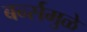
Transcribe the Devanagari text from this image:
बर्न्समुळे